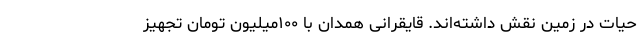
حیات در زمین نقش داشته‌اند. قایقرانی همدان با ۱۰۰میلیون تومان تجهیز